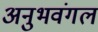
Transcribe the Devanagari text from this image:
अनुभवंगल